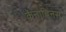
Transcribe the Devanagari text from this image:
कॅनाबिनस